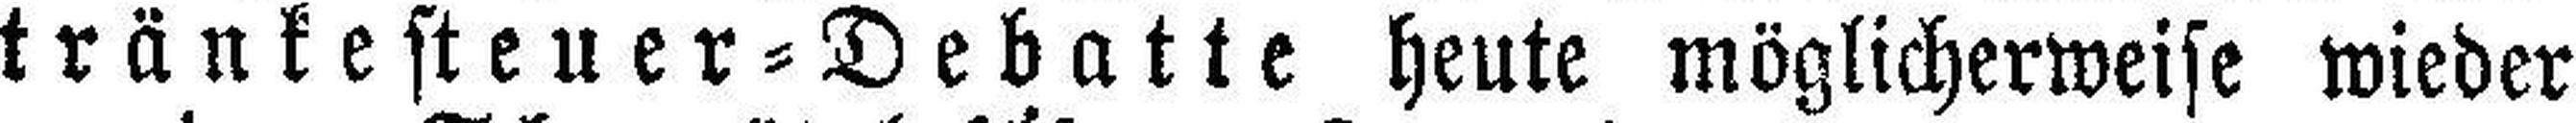
tränkesteuer=Debatte heute möglicherweise wieder